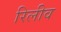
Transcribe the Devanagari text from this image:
रिलीव